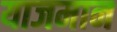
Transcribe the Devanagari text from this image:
याजमान